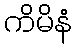
ကိမိနံ